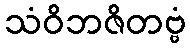
သံဝိဘဇိတဗ္ဗံ